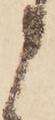
う